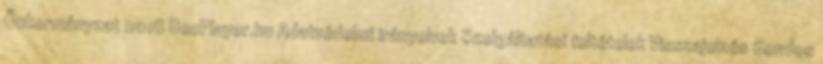
Önkormányzat 2018 DocPlayer.hu Adatvédelmi irányelvek Szolgáltatási feltételek Visszajelzés Gondos